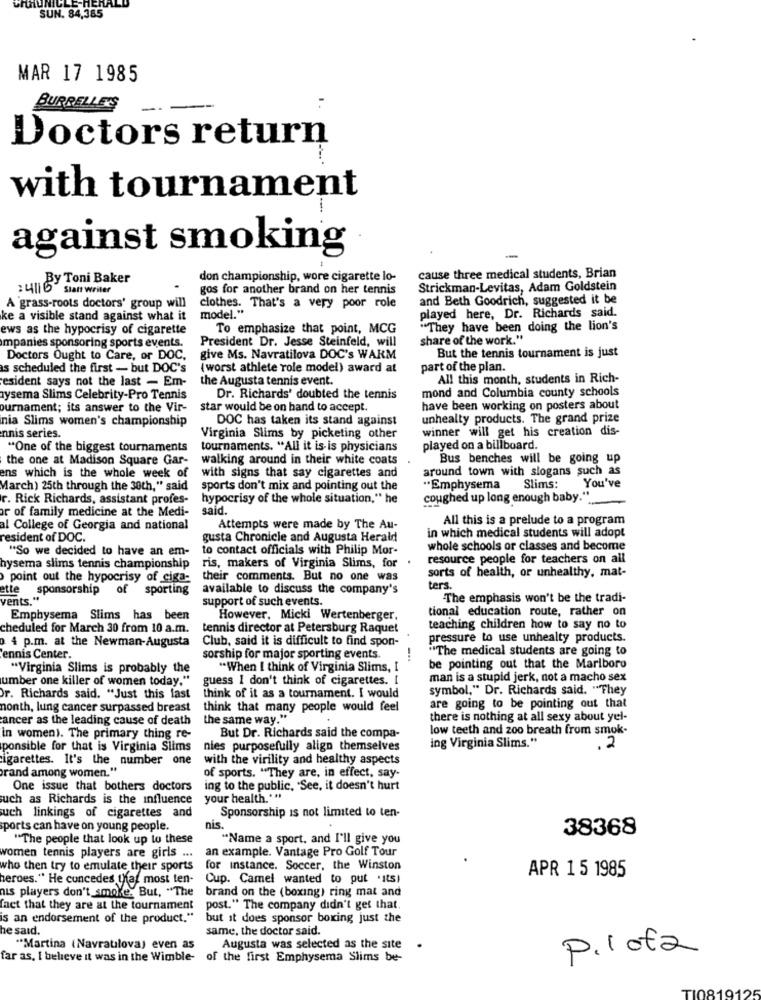
SUN. 84,385
MAR 17 1985
BURRELLE'S
Doctors return
with tournament
against smoking
-
:411 y Toni Baker
don championship, wore cigarette lo-
cause three medical students, Brian
Statt writer
gos for another brand on her tennis
Strickman-Levitas, Adam Goldstein
and Beth Goodrich, suggested it be
A 'grass-roots doctors' group will
clothes. That's a very poor role
played here, Dr. Richards said.
ke a visible stand against what it
model."
ews as the hypocrisy of cigarette
To emphasize that point, MCG
"They have been doing the lion's
President Dr. Jesse Steinfeld, will
share of the work."
mpanies sponsoring sports events.
Doctors Ought to Care, or DOC,
give Ms. Navratilova DOC's WARM
But the tennis tournament is just
is scheduled the first - but DOC's
(worst athlete role model) award at
part of the plan.
esident says not the last - Em-
the Augusta tennis event.
All this month, students in Rich-
mond and Columbia county schools
ysema Slims Celebrity-Pro Tennis
Dr. Richards' doubted the tennis
ournament; its answer to the Vir-
star would be on hand to accept.
have been working on posters about
nia Slims women's championship
DOC has taken its stand against
unhealty products. The grand prize
winner will get his creation dis-
nnis series.
Virginia Slims by picketing other
"One of the biggest tournaments
tournaments. "All it is- is physicians
played on a billboard.
the one at Madison Square Gar-
walking around in their white coats
Bus benches will be going up
around town with slogans such as
ens which is the whole week of
with signs that say cigarettes and
March) 25th through the 30th," said
sports don't mix and pointing out the
"Emphysema Slims:
You've
r. Rick Richards, assistant profes-
hypocrisy of the whole situation," he
coughed up long enough baby."
or of family medicine at the Medi-
said.
All this is a prelude to a program
al College of Georgia and national
Attempts were made by The Au-
in which medical students will adopt
resident of DOC.
gusta Chronicle and Augusta Herald
"So we decided to have an em-
to contact officials with Philip Mor-
whole schools or classes and become
.
resource people for teachers on all
hysema slims tennis championship
ris, makers of Virginia Slims, for
sorts of health, or unhealthy, mat-
point out the hypocrisy of ciga-
their comments. But no one was
tte
sponsorship
of sporting
available to discuss the company's
ters.
vents."
support of such events.
The emphasis won't be the tradi-
tional education route, rather on
Emphysema Slims has been
However, Micki Wertenberger,
cheduled for March 30 from 10 a.m.
tennis director at Petersburg Raquet
teaching children how to say no to
o 4 p.m. at the Newman-Augusta
Club, said it is difficult to find spon-
pressure to use unhealty products.
"The medical students are going to
ennis Center.
sorship for major sporting events
"Virginia Slims is probably the
"When I think of Virginia Slims, I
be pointing out that the Marlboro
umber one killer of women today."
guess I don't think of cigarettes. [
man is a stupid jerk, not a macho sex
symbol," Dr. Richards said. "They
Or. Richards said. "Just this fast
think of it as a tournament. I would
nonth, lung cancer surpassed breast
think that many people would feel
are going to be pointing out that
ancer as the leading cause of death
the same way."
there is nothing at all sexy about yel-
low teeth and zoo breath from smok-
in women). The primary thing re-
But Dr. Richards said the compa-
ponsible for that is Virginia Slims
nies purposefully align themselves
ing Virginia Slims."
.2
cigarettes. It's the number one
with the virility and healthy aspects
rand among women."
of sports. "They are, in effect, say-
One issue that bothers doctors ing to the public, "See, it doesn't hurt
such as Richards is the influence
your health.""
such linkings of cigarettes and
Sponsorship is not limited to ten-
sports can have on young people.
nis.
38368
"The people that look up to these
"Name a sport, and I'll give you
an example. Vantage Pro Golf Tour
women tennis players are girls ...
who then try to emulate their sports
for instance. Soccer, the Winston
APR 1 5 1985
heroes." He concedes that most ten-
Cup. Camel wanted to put "its)
nis players don't smoke. But, "The
brand on the (boxing) ring mat and
fact that they are at the tournament
post." The company didn't get that.
is an endorsement of the product."
but it does sponsor boxing just the
he said.
same, the doctor said.
"Martina (Navratilova) even as
Augusta was selected as the site
Pilota
far as, I believe it was in the Wimble-
of the first Emphysema Slims be-
TI0819